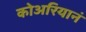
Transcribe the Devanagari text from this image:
कोअरियानं